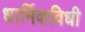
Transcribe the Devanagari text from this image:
धार्मिकविधी